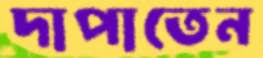
দাপাতেন